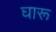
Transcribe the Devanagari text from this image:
घारू